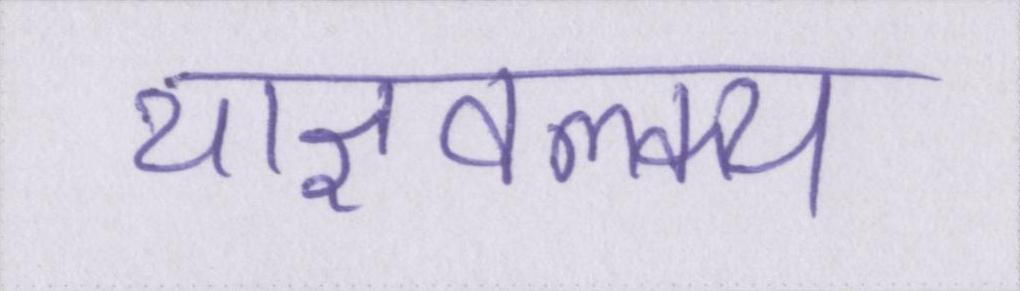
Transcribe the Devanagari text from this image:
याज्ञवल्क्य